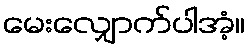
မေးလျှောက်ပါအံ့။